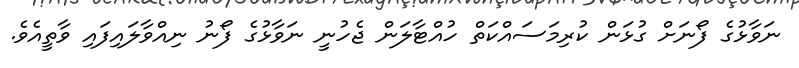
ނަވާޅުގެ ފޯނަށް ގުޅަން ކުރިމަސައްކަތް ހުއްޓާލަން ޖެހުނީ ނަވާޅުގެ ފޯނު ނިއްވާލައިފައި ވާތީއެވެ.